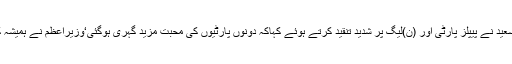
پیر کو اسمبلی میں خطاب کرتے ہوئےمراد سعید نے پیپلز پارٹی اور (ن)لیگ پر شدید تنقید کرتے ہوئے کہاکہ دونوں پارٹیوں کی محبت مزید گہری ہوگئی‘وزیراعظم نے ہمیشہ کہا کہ یہ جماعتیں نورا کشتی کھیل رہی ہیں۔